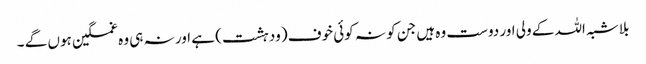
بلاشبہ اللہ کے ولی اور دوست وہ ہیں جن کو نہ کوئی خوف (ودہشت) ہے اور نہ ہی وہ غمگین ہوں گے ۔